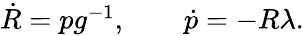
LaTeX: \begin{array}{r}{\dot{R}=pg^{-1},\qquad\dot{p}=-R\lambda.}\end{array}